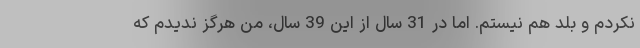
نکردم و بلد هم نیستم. اما در 31 سال از این 39 سال، من هرگز ندیدم که